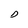
Character: D